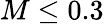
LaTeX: M\leq 0.3